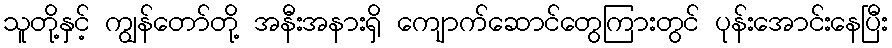
သူတို့နှင့် ကျွန်တော်တို့ အနီးအနားရှိ ကျောက်ဆောင်တွေကြားတွင် ပုန်းအောင်းနေပြီး